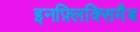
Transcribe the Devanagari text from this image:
इनफ़्लिक्सिमैब